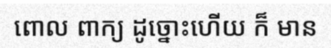
ពោល ពាក្យ ដូច្នោះហើយ ក៏ មាន